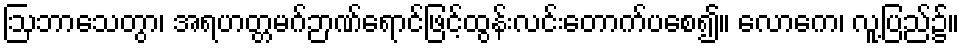
ဩဘာသေတွာ၊ အရဟတ္တမဂ်ဉာဏ်ရောင်ဖြင့်ထွန်းလင်းတောက်ပစေ၍။ လောကေ၊ လူ့ပြည်၌။